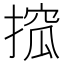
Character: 搲